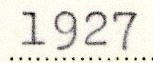
1927